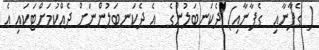
( ގެފާނާއި  ގެފާނާއި) ދެކަނބަލުންގެ  އެ ދެކަނބަލުންނަށް ދެއްކުމަށްޓަކައި އެ